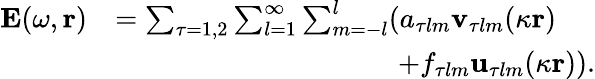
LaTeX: \begin{array}{rl}{\mathbf{E}(\omega,\mathbf{r})}&{=\sum_{\tau=1,2}\sum_{l=1}^{\infty}\sum_{m=-l}^{l}(a_{\tau lm}\mathbf{v}_{\tau lm}(\kappa\mathbf{r})}\\ &{\qquad\qquad\qquad\qquad\qquad+f_{\tau lm}\mathbf{u}_{\tau lm}(\kappa\mathbf{r})).}\end{array}